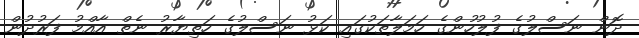
ދޮން ނަސްލުގެ ފުލުހުންގެ ހަމަލާތަކުގައި ކަޅު ނަސްލުގެ ހަތިޔާރު ނެތް އާއްމު ފަރުދުން